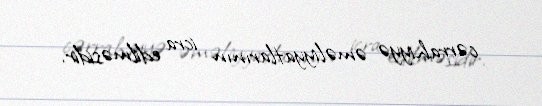
cərrahiyyə əməliyyatlarının icra edilməsidir.